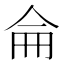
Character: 侖